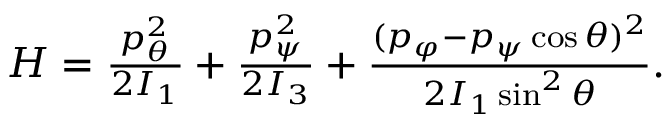
\begin{array} { r } { H = \frac { p _ { \theta } ^ { 2 } } { 2 I _ { 1 } } + \frac { p _ { \psi } ^ { 2 } } { 2 I _ { 3 } } + \frac { ( p _ { \varphi } - p _ { \psi } \cos \theta ) ^ { 2 } } { 2 I _ { 1 } \sin ^ { 2 } \theta } . } \end{array}